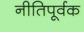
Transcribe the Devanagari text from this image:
नीतिपूर्वक